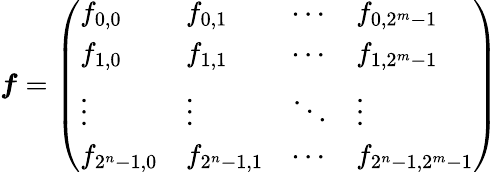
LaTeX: {\boldsymbol f}=\left(\begin{array}{llll}{f_{0,0}}&{f_{0,1}}&{\cdots}&{f_{0,2^{m}-1}}\\ {f_{1,0}}&{f_{1,1}}&{\cdots}&{f_{1,2^{m}-1}}\\ {\vdots}&{\vdots}&{\ddots}&{\vdots}\\ {f_{2^{n}-1,0}}&{f_{2^{n}-1,1}}&{\cdots}&{f_{2^{n}-1,2^{m}-1}}\end{array}\right)